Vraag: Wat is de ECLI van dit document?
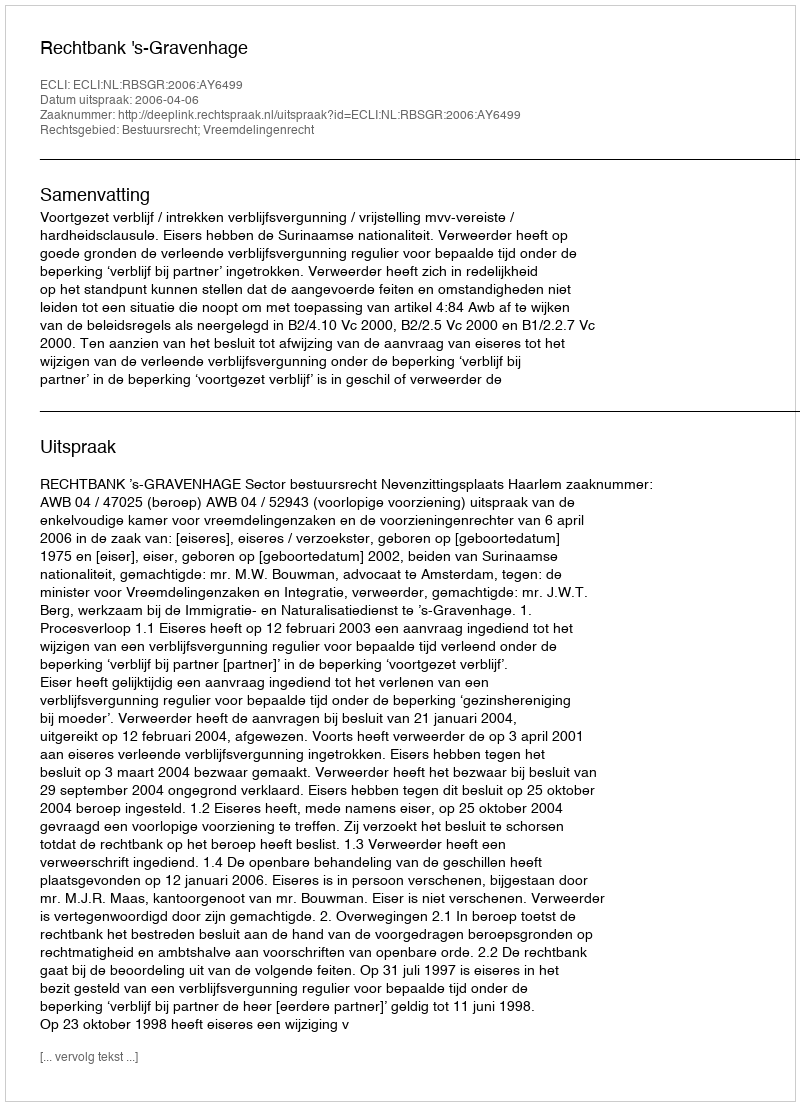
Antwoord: ECLI:NL:RBSGR:2006:AY6499